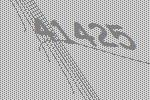
41425